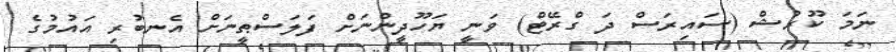
ނަމަ ކޫރުޝް (ސައިރަސް ދަ ގްރޭޓް) ވަނީ ޔަހޫދީންނަށް ފަލަސްޠީނަށް އެނބުރި އައުމުގެ